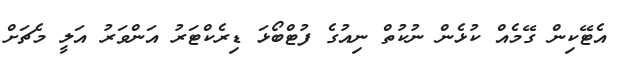
އެޓޭކިން ގޭމެއް ކުޅެން ނުކުތް ނިއުގެ ފުޓްބޯޅަ ޑިރެކްޓަރު އަންވަރު އަލީ މެޗަށް